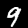
Label: 9